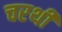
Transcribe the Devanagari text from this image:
चरथी